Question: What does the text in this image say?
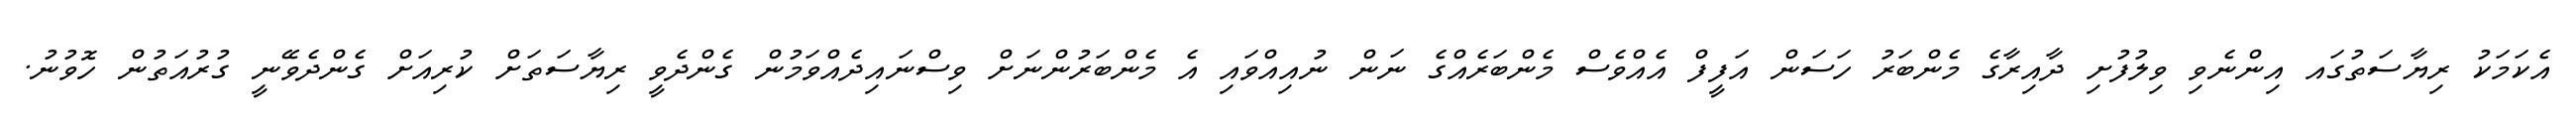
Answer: އެކަމަކު ރިޔާސަތުގައ އިންނެވި ވިލުފުށި ދާއިރާގެ މެންބަރު ހަސަން އަފީފް އެއްވެސް މެންބަރެއްގެ ނަން ނުއިއްވައި އެ މެންބަރުންނަށް ވިސްނައިދެއްވަމުން ގެންދެވީ ރިޔާސަތަށް ކުރިއަށް ގެންދެވޭނީ ގުރުއަތުން ހޮވުނު.